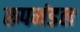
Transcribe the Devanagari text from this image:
रूपमंडल